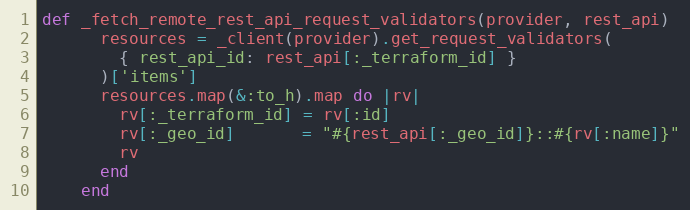
Language: Ruby
def _fetch_remote_rest_api_request_validators(provider, rest_api)
      resources = _client(provider).get_request_validators(
        { rest_api_id: rest_api[:_terraform_id] }
      )['items']
      resources.map(&:to_h).map do |rv|
        rv[:_terraform_id] = rv[:id]
        rv[:_geo_id]       = "#{rest_api[:_geo_id]}::#{rv[:name]}"
        rv
      end
    end